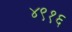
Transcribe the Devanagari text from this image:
४९१६